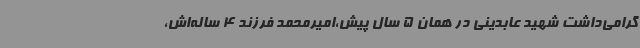
گرامی‌داشت شهید عابدینی در همان 5 سال پیش،امیرمحمد فرزند 4 ساله‌اش،